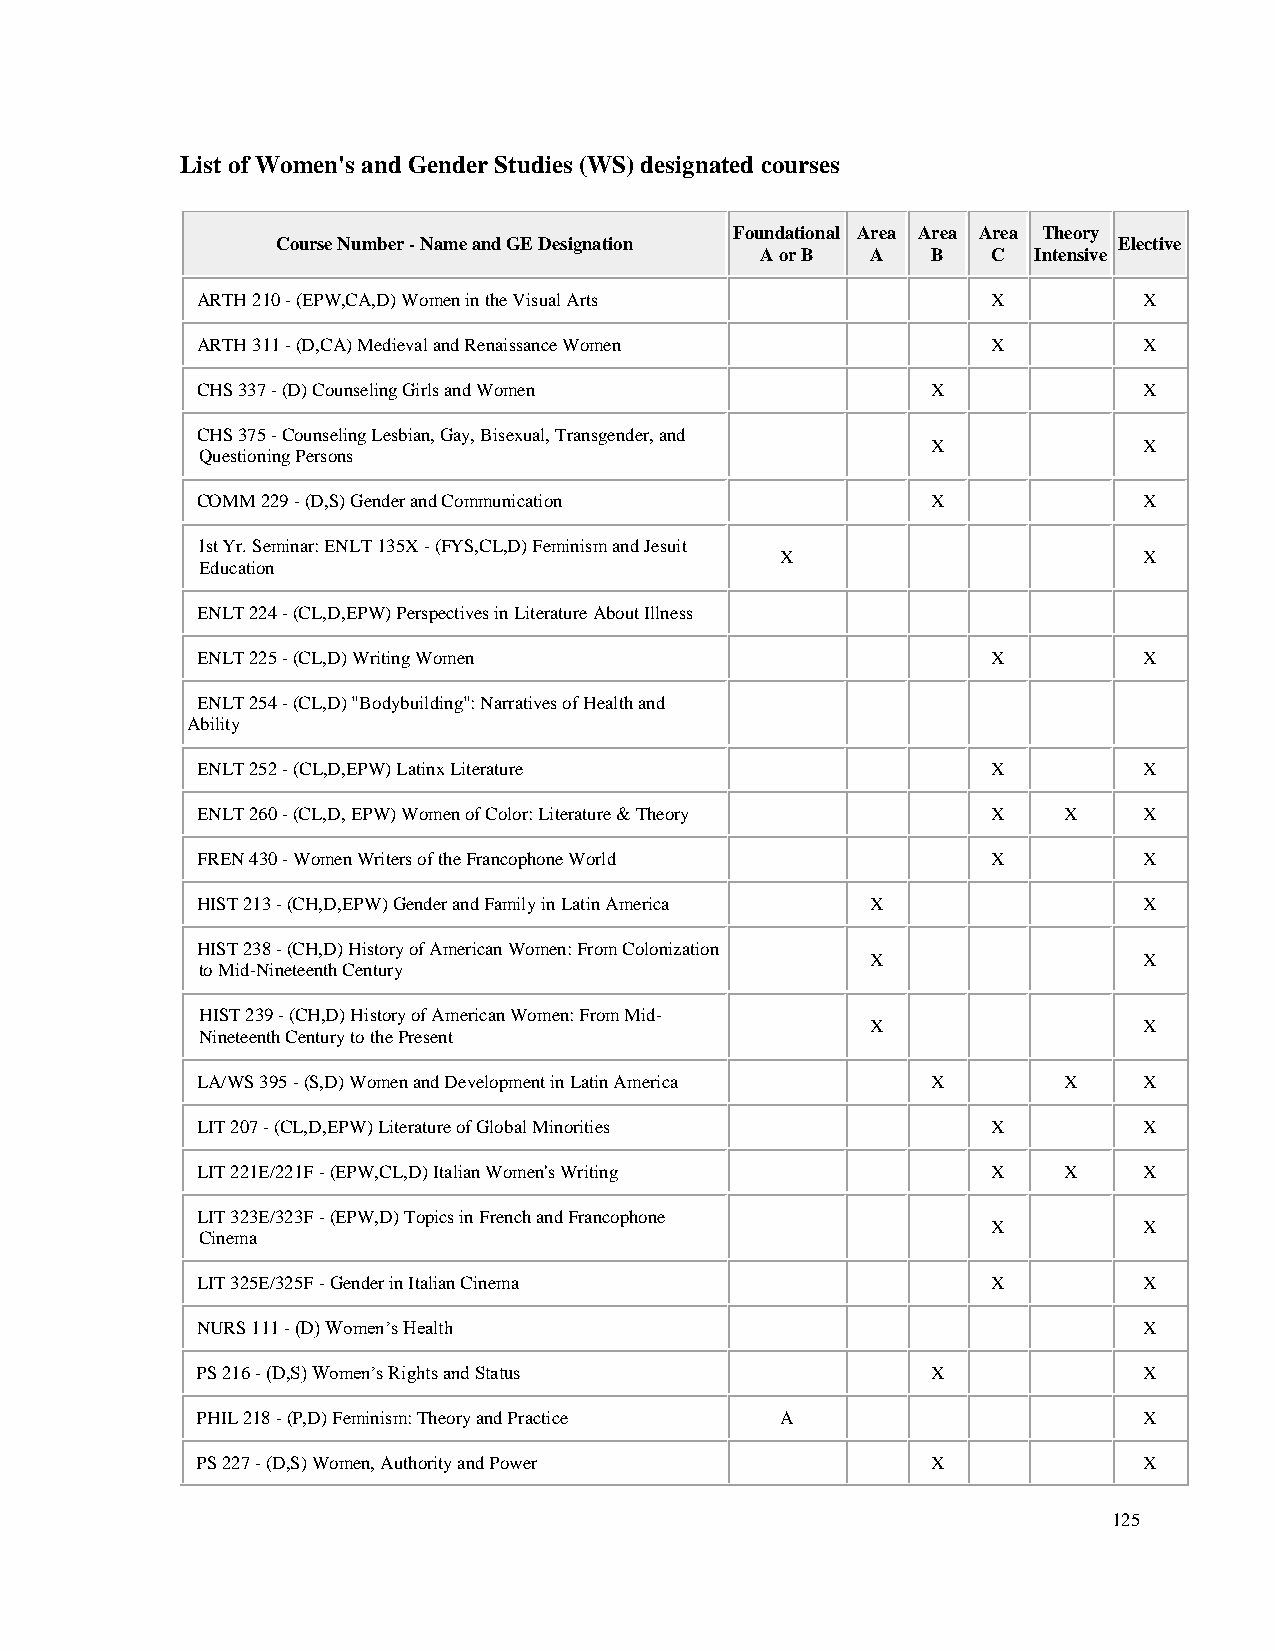
List of Women's and Gender Studies (WS) designated courses
 Foundational Area Area Area Theory
 Course Number - Name and GE Designation                 Elective
 A or B  A   B   C Intensive
 ARTH 210 - (EPW,CA,D) Women in the Visual Arts       X         X
 ARTH 311 - (D,CA) Medieval and Renaissance Women     X         X
 CHS 337 - (D) Counseling Girls and Women         X             X
 CHS 375 - Counseling Lesbian, Gay, Bisexual, Transgender, and
 X             X
 Questioning Persons
 COMM 229 - (D,S) Gender and Communication        X             X
 1st Yr. Seminar: ENLT 135X - (FYS,CL,D) Feminism and Jesuit
 X                       X
 Education
 ENLT 224 - (CL,D,EPW) Perspectives in Literature About Illness
 ENLT 225 - (CL,D) Writing Women                      X         X
 ENLT 254 - (CL,D) "Bodybuilding": Narratives of Health and
 Ability
 ENLT 252 - (CL,D,EPW) Latinx Literature              X         X
 ENLT 260 - (CL,D, EPW) Women of Color: Literature & Theory X X X
 FREN 430 - Women Writers of the Francophone World    X         X
 HIST 213 - (CH,D,EPW) Gender and Family in Latin America X     X
 HIST 238 - (CH,D) History of American Women: From Colonization
 X                 X
 to Mid-Nineteenth Century
 HIST 239 - (CH,D) History of American Women: From Mid-
 X                 X
 Nineteenth Century to the Present
 LA/WS 395 - (S,D) Women and Development in Latin America X X   X
 LIT 207 - (CL,D,EPW) Literature of Global Minorities X         X
 LIT 221E/221F - (EPW,CL,D) Italian Women's Writing   X   X     X
 LIT 323E/323F - (EPW,D) Topics in French and Francophone
 X         X
 Cinema
 LIT 325E/325F - Gender in Italian Cinema             X         X
 NURS 111 - (D) Women’s Health                                  X
 PS 216 - (D,S) Women’s Rights and Status         X             X
 PHIL 218 - (P,D) Feminism: Theory and Practice A               X
 PS 227 - (D,S) Women, Authority and Power        X             X
 125